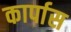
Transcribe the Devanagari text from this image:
कार्पास